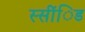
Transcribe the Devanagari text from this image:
स्सींिड